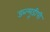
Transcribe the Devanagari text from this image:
डब्ल्यूडीपी